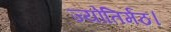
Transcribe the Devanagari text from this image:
ज्योतिर्मठ।